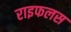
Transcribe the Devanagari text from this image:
राइफलस